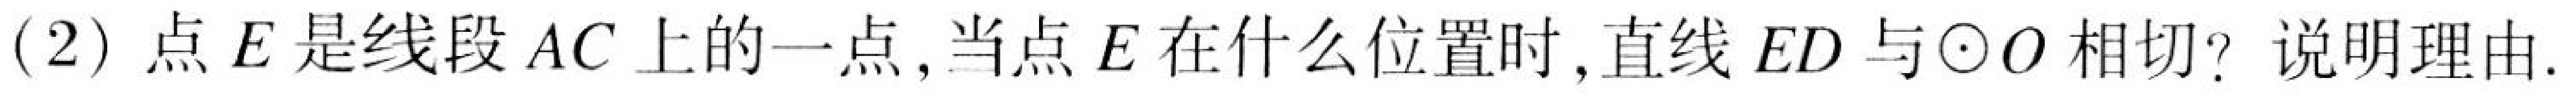
(2) 点\(E\)是线段\(AC\)上的一点,当点\(E\)在什么位置时,直线\(ED\)与\(\odot O\)相切? 说明理由.